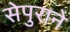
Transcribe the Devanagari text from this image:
सेपुराने